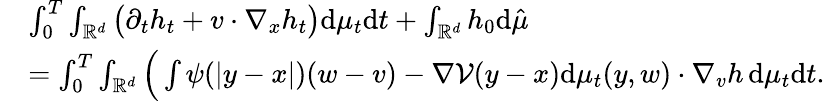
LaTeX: \begin{array}{rl}&{\int_{0}^{T}\int_{\mathbb R^{d}}\big(\partial_{t}h_{t}+v\cdot\nabla_{x}h_{t}\big)\mathrm d\mu_{t}\mathrm dt+\int_{\mathbb R^{d}}h_{0}\mathrm d\hat{\mu}}\\ &{=\int_{0}^{T}\int_{\mathbb R^{d}}\Big(\int\psi(|y-x|)(w-v)-\nabla\mathcal V(y-x)\mathrm d\mu_{t}(y,w)\cdot\nabla_{v}h\, \mathrm d\mu_{t}\mathrm dt.}\end{array}